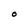
Character: O